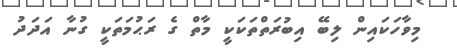
މިވާހަކައިން ލިބޭ އިބުރަތްތަކަކީ މާތް ގެ ރަޙުމަތަކީ ގުނާ އަދަދު